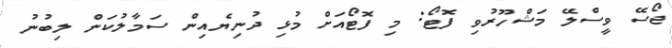
ޖޯސޭ ވީސްލޭ މަޝްހޫރުވި ފޮޓޯ: މި ފޮޓޯއަށް މުޅި ދުނިޔެއިން ސަމާލުކަން ލިބުނު